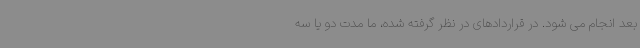
بعد انجام می شود. در قراردادهای در نظر گرفته شده، ما مدت دو یا سه